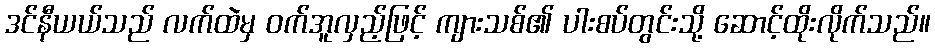
ဒင်နီယယ်သည် လက်ထဲမှ ဝက်အူလှည့်ဖြင့် ကျားသစ်၏ ပါးစပ်တွင်းသို့ ဆောင့်ထိုးလိုက်သည်။